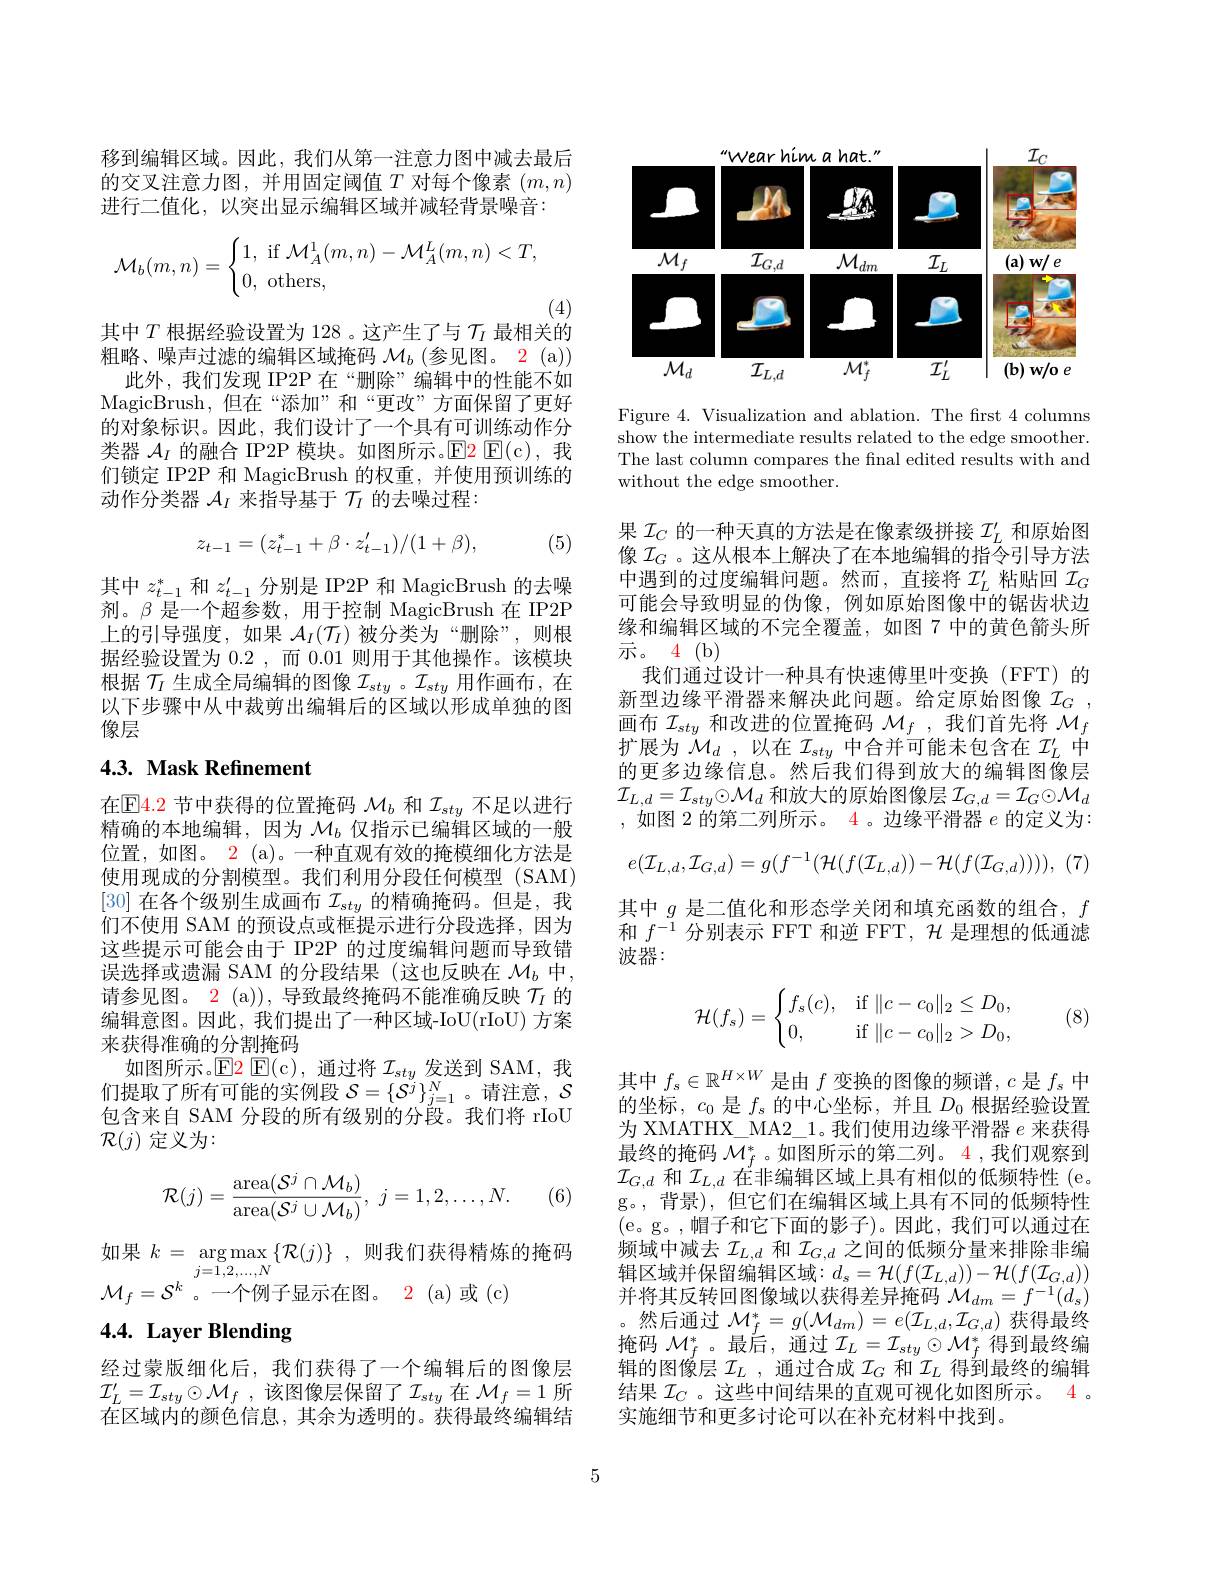
移到编辑区域。因此，我们从第一注意力图中减去最后的交叉注意力图，并用固定阈值$T$对每个像素$(m,n)$ 进行二值化，以突出显示编辑区域并减轻背景噪音：
$$\mathcal{M}_b(m,n)=\begin{cases}1,\text{if}\mathcal{M}_A^1(m,n)-\mathcal{M}_A^L(m,n)<T,\\0,\text{others,}\end{cases}$$
(4)
其中$T$根据经验设置为 128 。这产生了与$\mathcal{T}_I$最相关的

粗略、噪声过滤的编辑区域掩码$\mathcal{M}_b\left(\text{参见图。2(a)}\right)$
此外，我们发现 IP2P 在“删除”编辑中的性能不如MagicBrush,但在“添加”和“更改”方面保留了更好的对象标识。因此，我们设计了一个具有可训练动作分类器$\mathcal{A}_I$的融合 IP2P 模块。如图所示。$\operatorname{E2}\operatorname{E(c),}$我们锁定 IP2P 和 MagicBrush 的权重，并使用预训练的动作分类器$\mathcal{A}_I$来指导基于$\mathcal{T}_I$的去噪过程：

(5)
$$z_{t-1}=(z_{t-1}^*+\beta\cdot z_{t-1}^\prime)/(1+\beta),$$
其中$z_t-1^*$和$z_t-1^{\prime}$分别是 IP2P 和 MagicBrush 的去噪剂。β 是一个超参数，用于控制 MagicBrush 在 IP2P 上的引导强度，如果$\mathcal{A}_I(\mathcal{T}_I)$被分类为“删除”,则根据经验设置为0.2 ,而0.01则用于其他操作。该模块根据$\mathcal{T}_I$生成全局编辑的图像$\mathcal{I}_sty$ 。$\mathcal{I}_sty$用作画布，在以下步骤中从中裁剪出编辑后的区域以形成单独的图像层

## 4.3. Mask Refinement

在$\mathbb{E}\color{red}{4.2}$节中获得的位置掩码 $\mathcal{M}_b$ 和 $\mathcal{I}_sty$ 不足以进行精确的本地编辑，因为$\mathcal{M}_b$仅指示已编辑区域的一般位置，如图。2 (a)。一种直观有效的掩模细化方法是使用现成的分割模型。我们利用分段任何模型(SAM) [30]在各个级别生成画布$\mathcal{I}_sty$的精确掩码。但是，我们不使用 SAM 的预设点或框提示进行分段选择，因为这些提示可能会由于 IP2P 的过度编辑问题而导致错误选择或遗漏 SAM 的分段结果(这也反映在$\mathcal{M}_b$中， 请参见图。$\color{red}2\mathrm{~(a)),~}$导致最终掩码不能准确反映 $\mathcal{T}_I$ 的编辑意图。因此，我们提出了一种区域-IoU(rIoU) 方案来获得准确的分割掩码
如图所示。$\operatorname{E2}\operatorname{E(c),\text{ 通过将 }}\mathcal{I}_{sty}$发送到 SAM,我们提取了所有可能的实例段$\mathcal{S}=\{\mathcal{S}^j\}_{j=1}^N$。请注意，$\mathcal{S}$ 包含来自 SAM 分段的所有级别的分段。我们将 rIoU $\mathcal{R}(j)$定义为：
$$\mathcal{R}(j)=\frac{\operatorname{area}(\mathcal{S}^j\cap\mathcal{M}_b)}{\operatorname{area}(\mathcal{S}^j\cup\mathcal{M}_b)},\:j=1,2,\dots,N.$$
(6,

如果$k=\operatorname*{argmax}_{j=1,2,\ldots,N}\{\mathcal{R}(j)\}$,则我们获得精炼的掩码
$\mathcal{M}_f=\mathcal{S}^k$。一个例子显示在图。2 (a)或 (c)

# 4.4. Layer Blending

经过蒙版细化后，我们获得了一个编辑后的图像层$\mathcal{I} _{L}^{\prime }= \mathcal{I} _{sty}\odot \mathcal{M} _{f}$ ,该图像层保留了$\mathcal{I}_sty$ 在 $\mathcal{M}_f=1$ 所在区域内的颜色信息，其余为透明的。获得最终编辑结

<FigureHere>

Figure 4. Visualization and ablation. The frst 4 columns show the intermediate results related to the edge smoother. The last column compares the final edited results with and without the edge smoother.

果$\mathcal{I}_C$的一种天真的方法是在像素级拼接$\mathcal{I}_L^\prime$和原始图像$\mathcal{I}_G$。这从根本上解决了在本地编辑的指令引导方法中遇到的过度编辑问题。然而，直接将$\mathcal{I}_L^\prime$粘贴回$\mathcal{I}_G$ 可能会导致明显的伪像，例如原始图像中的锯齿状边缘和编辑区域的不完全覆盖，如图 7 中的黄色箭头所$\vec{\text{示 。}}$ 4 (b)
我们通过设计一种具有快速傅里叶变换(FFT)的新型边缘平滑器来解决此问题。给定原始图像$\mathcal{I}_G$, 画布$\mathcal{I}_sty$和改进的位置掩码$\mathcal{M}_f$ ,我们首先将$\mathcal{M}_f$ 扩展为$\mathcal{M} _d$ ,以在$\mathcal{I}_sty$中合并可能未包含在$\mathcal{I}_L^\prime$中的更多边缘信息。然后我们得到放大的编辑图像层$\mathcal{I}_{L,d}=\mathcal{I}_{sty}\odot\mathcal{M}_{d}$ 和放大的原始图像层$\mathcal{I}_G,d=\mathcal{I}_G\odot\mathcal{M}_d$ ,如图 2 的第二列所示。$\color{red}{4}$。边缘平滑器$e$的定义为：
$$e(\mathcal{I}_{L,d},\mathcal{I}_{G,d})=g(f^{-1}(\mathcal{H}(f(\mathcal{I}_{L,d}))-\mathcal{H}(f(\mathcal{I}_{G,d})))),$$
其中$g$是二值化和形态学关闭和填充函数的组合，$f$ 和$f^{-1}$分别表示 FFT 和逆 FFT, $\mathcal{H}$是理想的低通滤波器：

(8)
$$\mathcal{H}(f_s)=\begin{cases}f_s(c),&\text{if}\|c-c_0\|_2\leq D_0,\\0,&\text{if}\|c-c_0\|_2>D_0,\end{cases}$$
其中$f_s\in\mathbb{R}^{H\times W}$是由$f$变换的图像的频谱，$c$是$f_s$中的坐标，$c_0$是$f_s$的中心坐标，并且$D_0$根据经验设置为 XMATHX\_ MA2\_1。我们使用边缘平滑器$e$来获得最终的掩码$\mathcal{M}_f^*$。如图所示的第二列。4 ,我们观察到$\mathcal{I}_{G,d}$和$\mathcal{I}_L,d$在非编辑区域上具有相似的低频特性 (e。g。,背景),但它们在编辑区域上具有不同的低频特性(e。g。,帽子和它下面的影子)。因此，我们可以通过在频域中减去$\mathcal{I}_{L,d}$和$\mathcal{I}_G,d$之间的低频分量来排除非编辑区域并保留编辑区域$:d_s=\mathcal{H}(f(\mathcal{I}_{L,d}))-\mathcal{H}(f(\mathcal{I}_{G,d}))$ 并将其反转回图像域以获得差异掩码$\mathcal{M}_dm=f^{-1}(d_s)$ 。然后通过$\mathcal{M}_f^*=g(\mathcal{M}_{dm})=e(\mathcal{I}_{L,d},\mathcal{I}_{G,d})$获得最终掩码$\mathcal{M}_f^*$。最后，通过$\mathcal{I}_L=\mathcal{I}_sty\odot\mathcal{M}_f^*$得到最终编辑的图像层$\mathcal{I}_L$ ,通过合成$\mathcal{I}_G$和$\mathcal{I}_L$得到最终的编辑结果$\mathcal{I}_C$ 。这些中间结果的直观可视化如图所示。4 。实施细节和更多讨论可以在补充材料中找到。

5